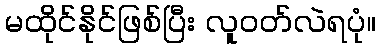
မထိုင်နိုင်ဖြစ်ပြီး လူဝတ်လဲရပုံ။